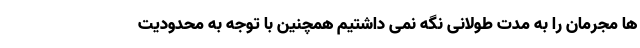
ها مجرمان را به مدت طولانی نگه نمی داشتیم همچنین با توجه به محدودیت